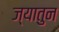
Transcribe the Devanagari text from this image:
ज्यातुन